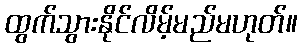
ထွက်သွားနိုင်လိမ့်မည်မဟုတ်။